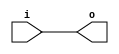
module io_low_power_buffer (
    input wire i,
    output reg o
);

always @(i)
begin
    o <= i;
end

endmodule